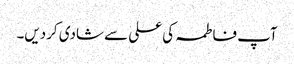
آپ فاطمہ کی علی سے شادی کردیں۔